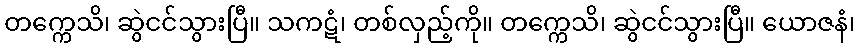
တက္ကေသိ၊ ဆွဲငင်သွားပြီ။ သကဋံ၊ တစ်လှည့်ကို။ တက္ကေသိ၊ ဆွဲငင်သွားပြီ။ ယောဇနံ၊